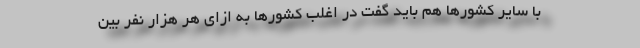
با سایر کشورها هم باید گفت در اغلب کشورها به ازای هر هزار نفر بین